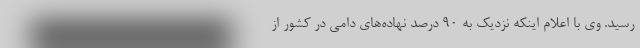
رسید. وی با اعلام اینکه نزدیک به ۹۰ درصد نهاده‌های دامی در کشور از